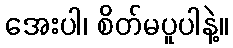
အေးပါ၊ စိတ်မပူပါနဲ့။